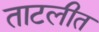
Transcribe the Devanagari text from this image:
ताटलीत